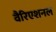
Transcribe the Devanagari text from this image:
वैरिएशनल